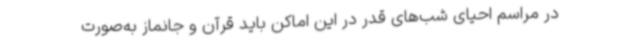
در مراسم احیای شب‌های قدر در این اماکن باید قرآن و جانماز به‌صورت